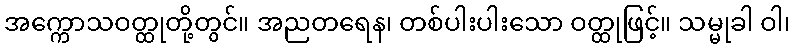
အက္ကောသဝတ္ထုတို့တွင်။ အညတရေန၊ တစ်ပါးပါးသော ဝတ္ထုဖြင့်။ သမ္မုခါ ဝါ၊